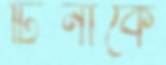
টিনাকে